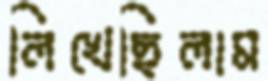
লিখেছিলাম